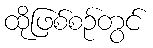
ထိုဖြစ်စဉ်တွင်